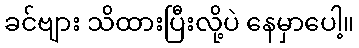
ခင်ဗျား သိထားပြီးလို့ပဲ နေမှာပေါ့။